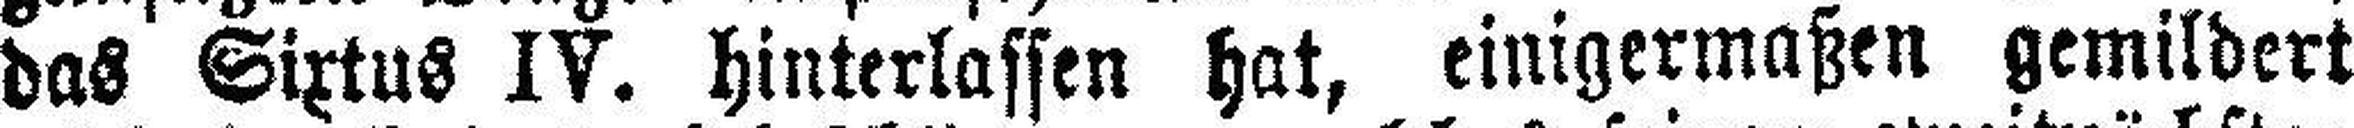
das Sixtus IV. hinterlassen hat, einigermaßen gemildert